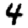
Digit: 4